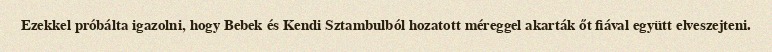
Ezekkel próbálta igazolni, hogy Bebek és Kendi Sztambulból hozatott méreggel akarták őt fiával együtt elveszejteni.